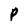
Character: P